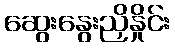
ဆွေးနွေးညှိနှိုင်း